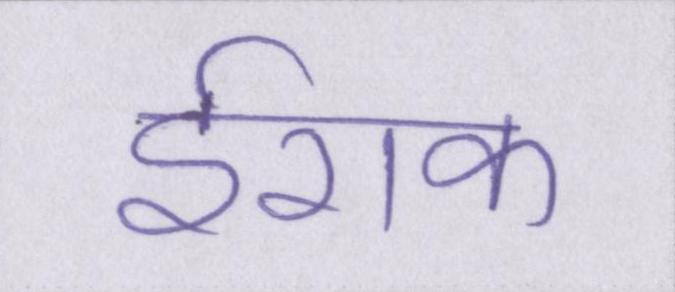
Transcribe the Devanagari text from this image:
ईराक